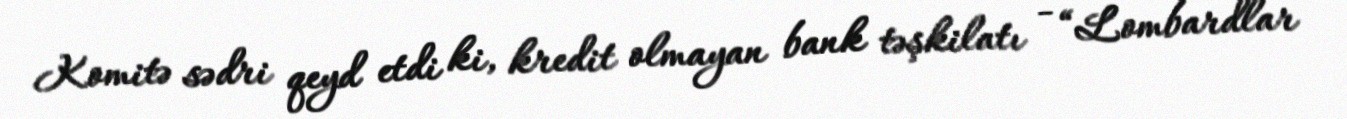
Komitə sədri qeyd etdi ki, kredit olmayan bank təşkilatı - “Lombardlar